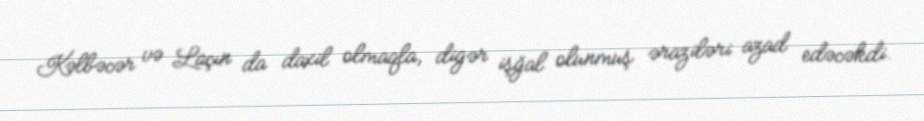
Kəlbəcər və Laçın da daxil olmaqla, digər işğal olunmuş əraziləri azad edəcəkdi.